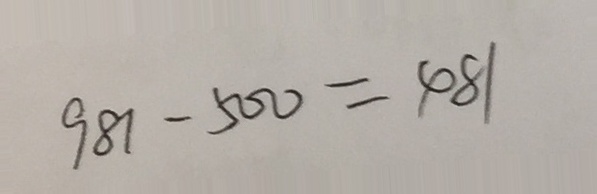
9 8 1 - 5 0 0 = 4 8 1